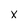
Character: X